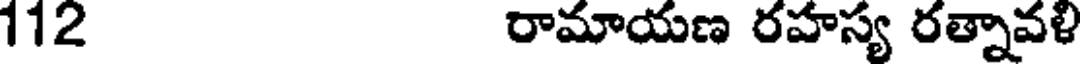
112 రామాయణ రహస్య రత్నావళి